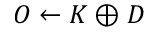
O \leftarrow K \oplus D